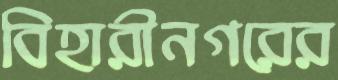
বিহারীনগরের